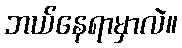
ဘယ်နေရာမှာလဲ။